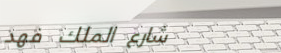
شارع الملك فهد